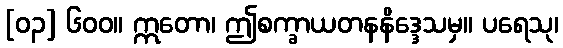
[၀၃] ၆၀၀။ ဣတော၊ ဤစက္ခာယတနနိဒ္ဒေသမှ။ ပရေသု၊